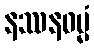
နဿနဓမ္မံ